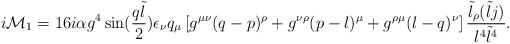
\begin{align*}i{\cal{M}}_1 = 16i\alpha g^4\sin({q\tilde{l}\over 2})\epsilon_{\nu}q_{\mu}\left[g^{\mu\nu}(q - p)^{\rho} + g^{\nu\rho}(p - l)^{\mu} + g^{\rho\mu} (l-q)^{\nu}\right]{\tilde{l}_{\rho}(\tilde{l}j) \over l^4 \tilde{l}^4}.\end{align*}